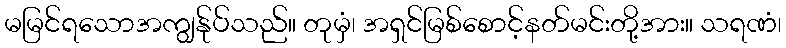
မမြင်ရသောအကျွန်ုပ်သည်။ တုမှံ၊ အရှင်မြစ်စောင့်နတ်မင်းတို့အား။ သရဏံ၊